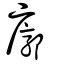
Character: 廓